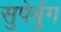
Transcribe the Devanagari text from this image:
सुपेर्बुग